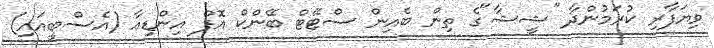
ވިޔަފާރި ކުރަމުންދާ "ޝީޝާ"ގެ ތިން ބެއިން ސްޓޭޓް ބޭންކް އޮފް އިންޑިއާ (އެސްބީއައި)